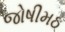
જોષીમઠ